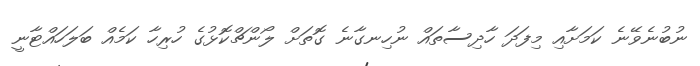
ނުބުނެވޭނެ ކަމަށާއި މިފަދަ ހާދިސާތައް ނުހިނގާނެ ގޮތަށް ލޯންޗްކޮޅުގެ ހުރިހާ ކަމެއް ބަލަހައްޓާނީ